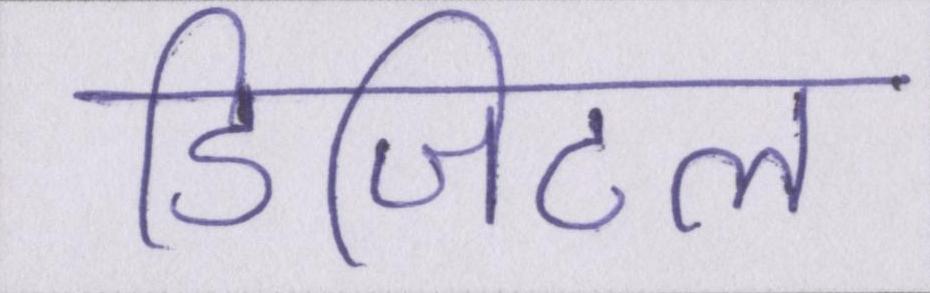
डिजिटल